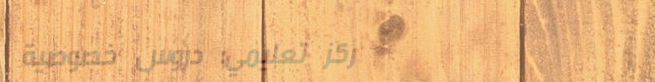
مركز تعليمي: دروس خصوصية